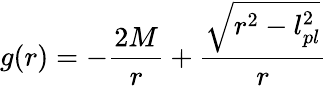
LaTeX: g(r)=-{\frac{2M}{r}}+{\frac{\sqrt{r^{2}-l_{pl}^{2}}}{r}}